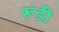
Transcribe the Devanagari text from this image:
रूंडी